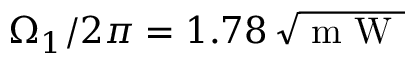
\Omega _ { 1 } / 2 \pi = 1 . 7 8 \, \sqrt { \mathrm { ~ m ~ W ~ } }